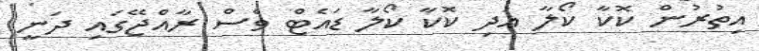
އިތުރުން ކޮކާ ކޯލާ އަދި ކޮކާ ކޯލާ ޑައެޓް ވެސް ރާއްޖޭގައި ދަނީ